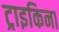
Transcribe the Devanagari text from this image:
ट्राइकिना